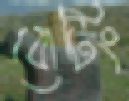
বোটিং